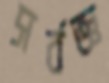
সর্বজ্ঞ